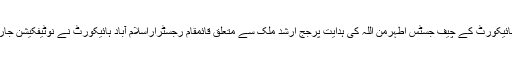
اسلام آباد ہائیکورٹ کے چیف جسٹس اطہرمن اللہ کی ہدایت پرجج ارشد ملک سے متعلق قائمقام رجسٹراراسلام آباد ہائیکورٹ نے نوٹیفکیشن جاری کیا تھا۔